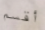
أقسم